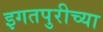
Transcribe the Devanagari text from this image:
इगतपुरीच्या